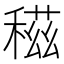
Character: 稵